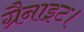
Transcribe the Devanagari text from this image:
ग्रैनाइट।